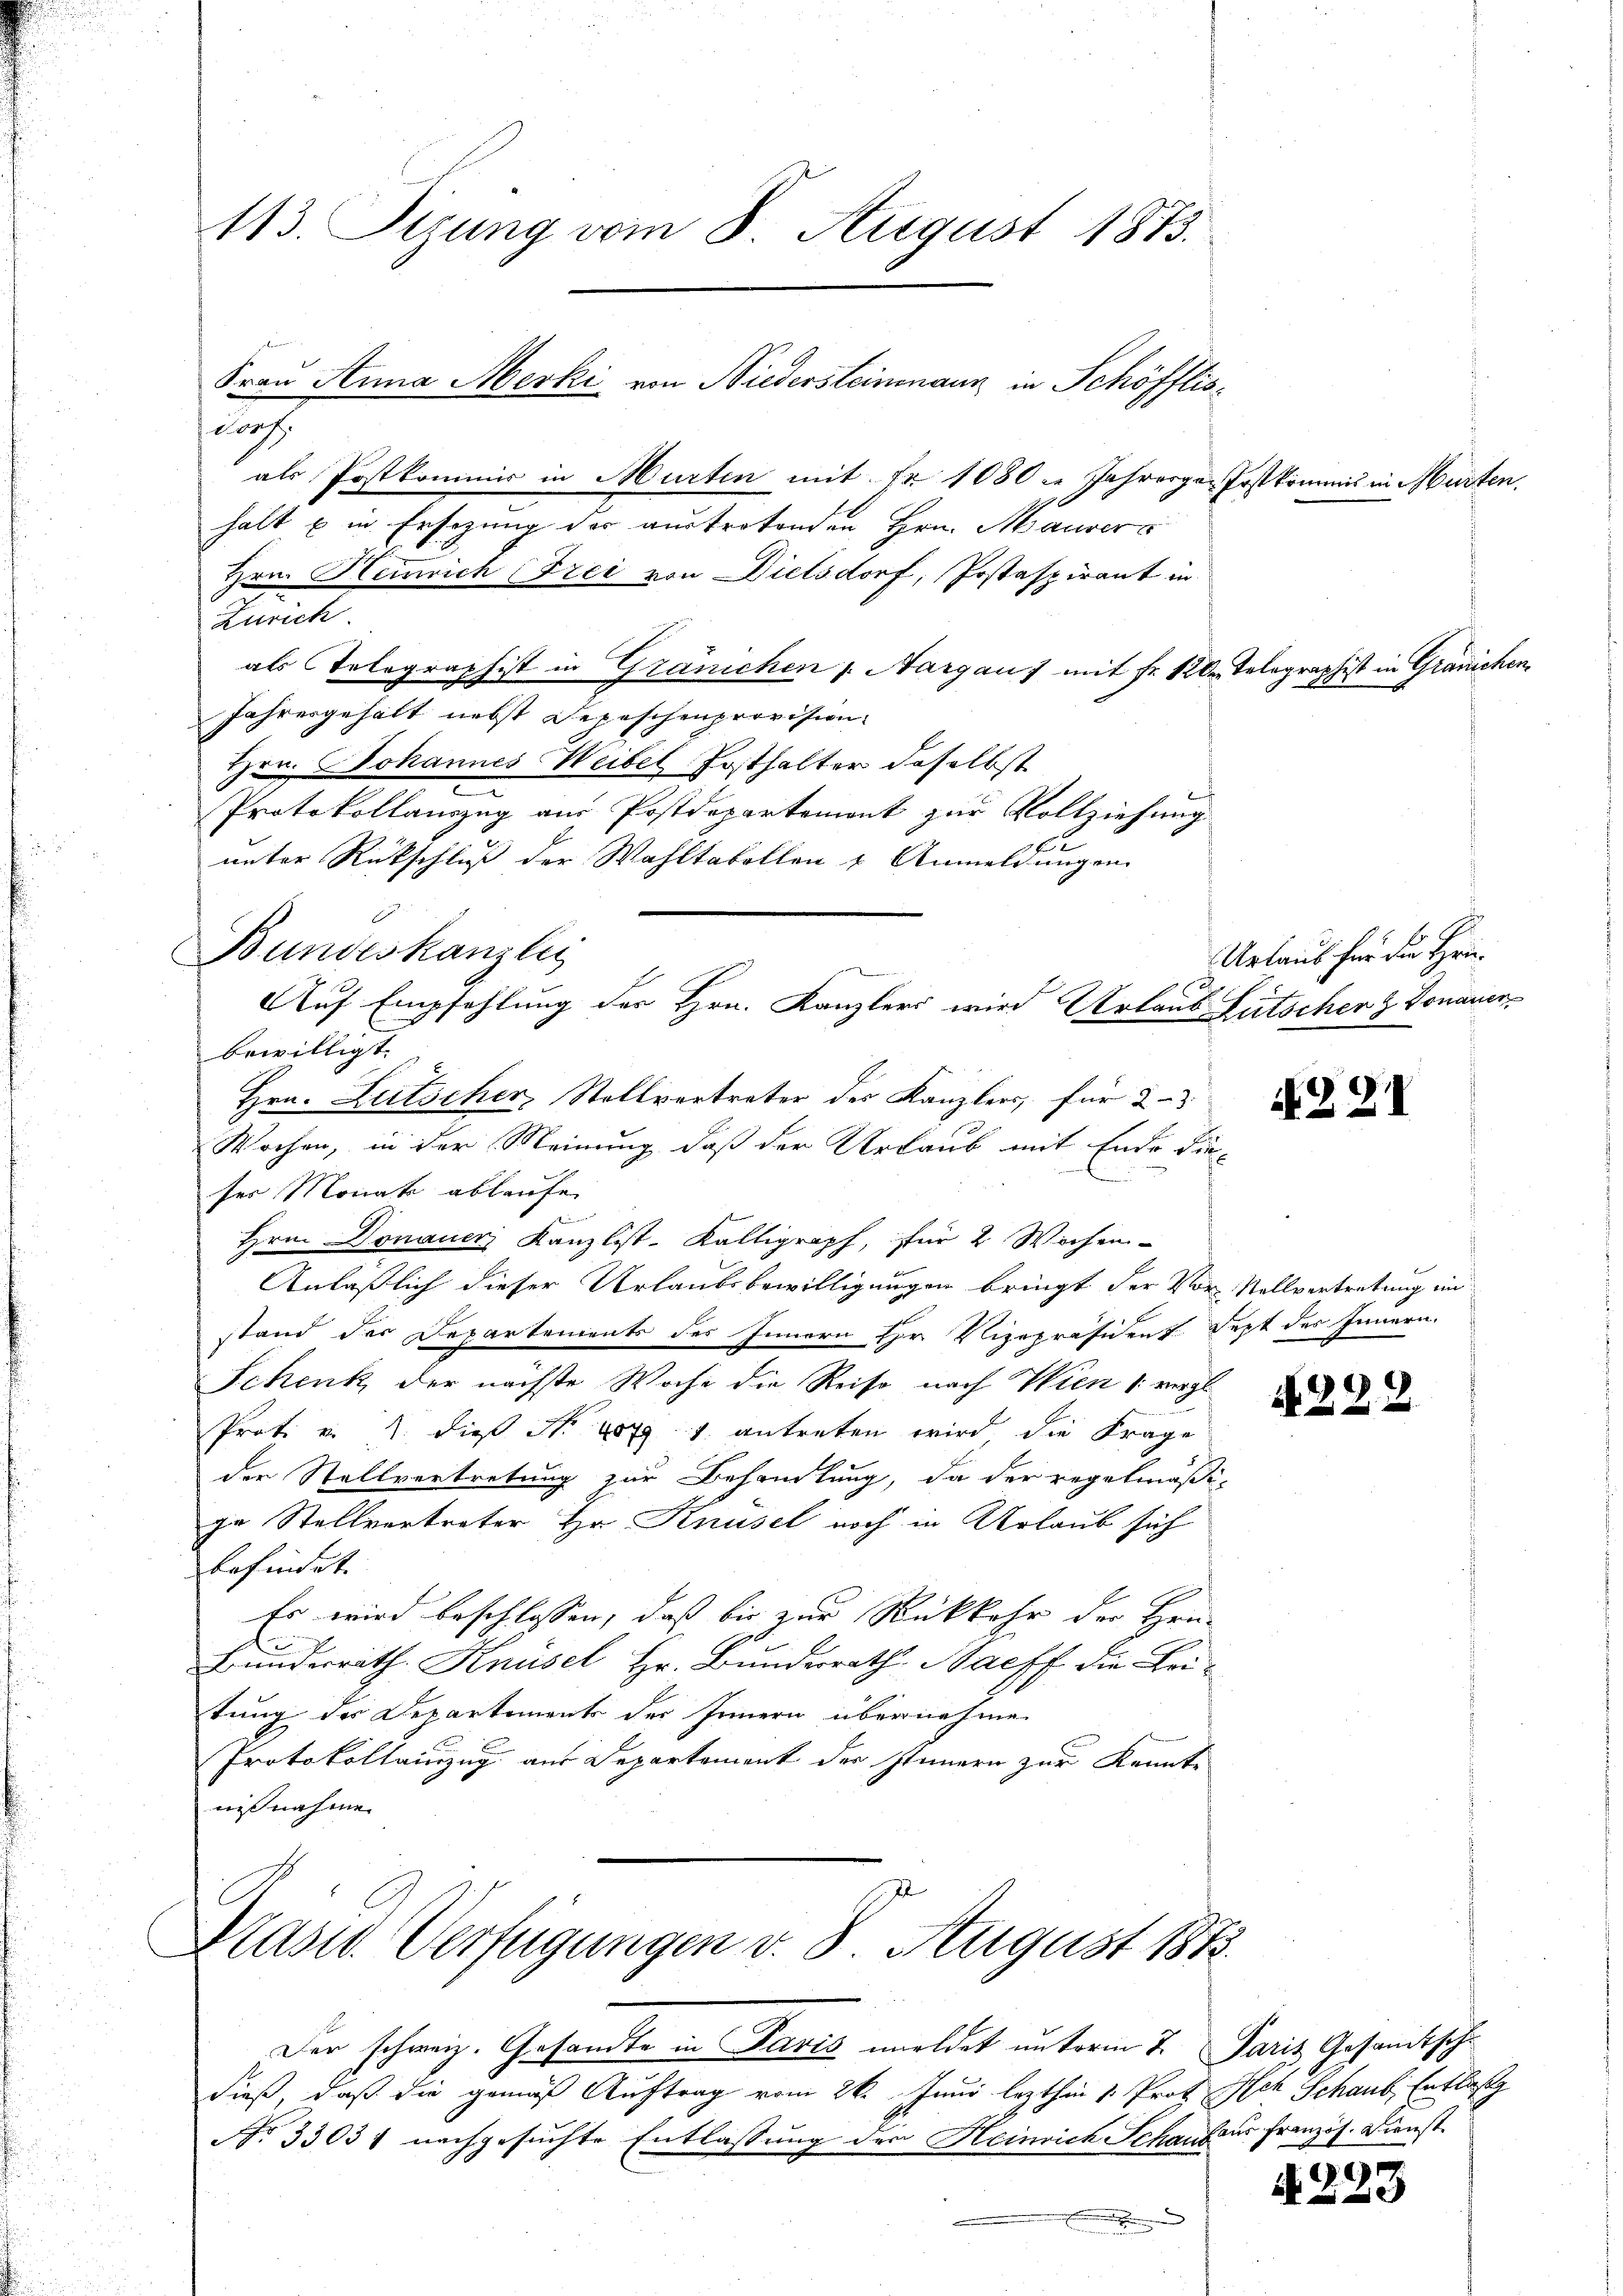
113. Sizung vom 8. August 1875.

copf.
als Postkommis in Murten mit Fr. 1080. Jahresger Postkomm
Hrn. Heinrich (Frei von Dielsdorf, Postaspirant in
Zürich.
als Telegraphist in Gränichen s. Aargau) mit Fr. 120
Jahresgehalt nebst Depeschenprovision
Hrn. Johannes Weibel Posthalter daselbst
Protokollauszug aus Postdepartemont zur Vollziehung
x
unter Rückschluß der Wahltabellen & Anmeldungen
Bundeskanzlei
bewilligt.
Wochen, in der Meinung, daß der Urlaub mit Ende die
ser Monate ablaufe
4
Hrn. Donauer Kanzlist-Kalligraph, für 2 Wochen-
Anlaßlich dieser Urlaubsbewilligungen bringt der Vor Vollvertretung an
stand der Departements des Innern Hr. Vizepräsident. Sept des Innern.
Schenk der nächste Woche die Reise nach Wien (vergl.
Prot. v. 2. dieß Nr 1791 antreten wird, die Frage
der Stellvertretung zur Behandlung, da der regelmäßi-
ge Stellvertreter Hr. Knüsel noch in Urlaub sich
befindet. |
Es wird beschlossen, daß bis zur Rückkehr der Hrn.
be
Bunderrath Knüsel, Hr. Bunderrath Saeff die Lei-
tung des Departements der Innern übernehmen
Protokollinzug aus Departement der Stimmern zur Kennte
nißnahme.

Srau Anna Merki von Niedersteinenann in Schöfflis¬

halt u in Ersezung des austretenden Hrn. Maurers

Auf Empfehlung der Hrn. Kanzlers wird Urlaub Litscher & Donauer¬
Hrn. Lutscher, Stellvertreter des Kanzlers, für 2-3

Prasse Verfügungen v. 8. August 1873.

Der schweiz. Gesandte in Paris meldet unterm 7. Paris Gesandtsche
dieß, daß die gemäß Auftrag vom 26. Juni lezthin 1. Prot. Ich Schaub. Entlasg
No 33031 nachgesuchte Entlassung der Heinrich Schaufer französ. Dienst

Tolographist in Gränichen

NZZI

Urlaub für die Hei¬

N 222

A. 223

Mieten.